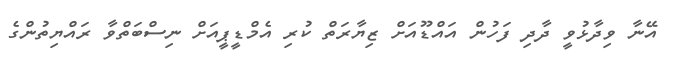
އޭނާ ވިދާޅުވީ ދާދި ފަހުން އައްޑޫއަށް ޒިޔާރަތް ކުރި އެމްޑީޕީއަށް ނިސްބަތްވާ ރައްޔިތުންގެ